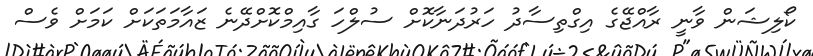
ކޯލިޝަން ވާނީ ރާއްޖޭގެ އިގްތިސާދު ހަރުދަނާކޮށް ސުލްހަ ގާއިމްކޮށްދޭނެ ޒައާމަތަކަށް ކަމަށް ވެސް